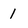
Character: 1